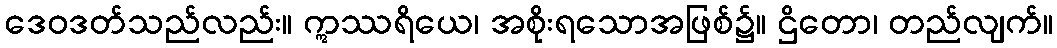
ဒေဝဒတ်သည်လည်း။ ဣဿရိယေ၊ အစိုးရသောအဖြစ်၌။ ဌိတော၊ တည်လျက်။